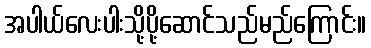
အပါယ်လေးပါးသို့ပို့ဆောင်သည်မည်ကြောင်း။